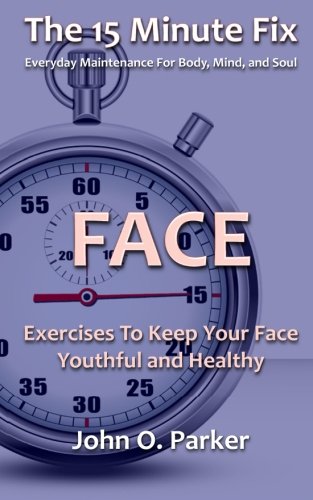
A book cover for The 15 Minute Fix: FACE: Exercises To Keep Your Face Youthful and Healthy (Volume 2); John O. Parker; Health, Fitness & Dieting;